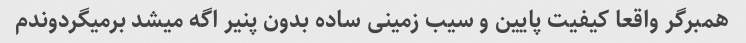
همبرگر واقعا کیفیت پایین و سیب زمینی ساده بدون پنیر اگه میشد برمیگردوندم